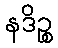
နဒိဉ္စ